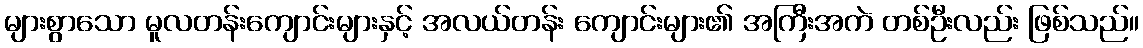
များစွာသော မူလတန်းကျောင်းများနှင့် အလယ်တန်း ကျောင်းများ၏ အကြီးအကဲ တစ်ဦးလည်း ဖြစ်သည်။